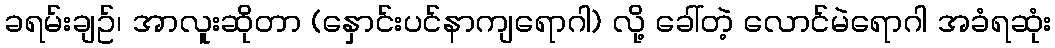
ခရမ်းချဥ်၊ အာလူးဆိုတာ (နှောင်းပင်နာကျရောဂါ) လို့ ခေါ်တဲ့ လောင်မဲရောဂါ အခံရဆုံး